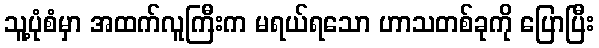
သူ့ပုံစံမှာ အထက်လူကြီးက မရယ်ရသော ဟာသတစ်ခုကို ပြောပြီး